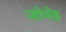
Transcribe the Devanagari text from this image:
जोमेइ